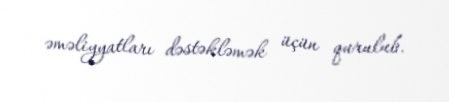
əməliyyatları dəstəkləmək üçün qurulub.